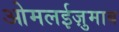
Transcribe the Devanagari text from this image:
ओमलईज़ुमाब